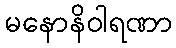
မနောနိဝါရဏာ